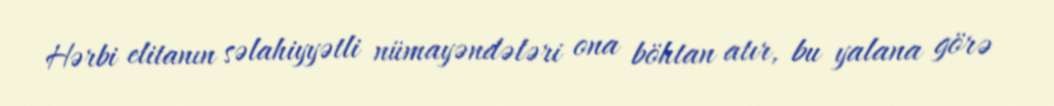
Hərbi elitanın səlahiyyətli nümayəndələri ona böhtan atır, bu yalana görə